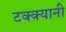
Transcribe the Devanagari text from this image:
टक्क्यानी